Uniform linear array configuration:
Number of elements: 12
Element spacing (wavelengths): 0.5
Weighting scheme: hann
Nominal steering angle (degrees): -30
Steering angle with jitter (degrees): -28.479
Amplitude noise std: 0.05
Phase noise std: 0.05

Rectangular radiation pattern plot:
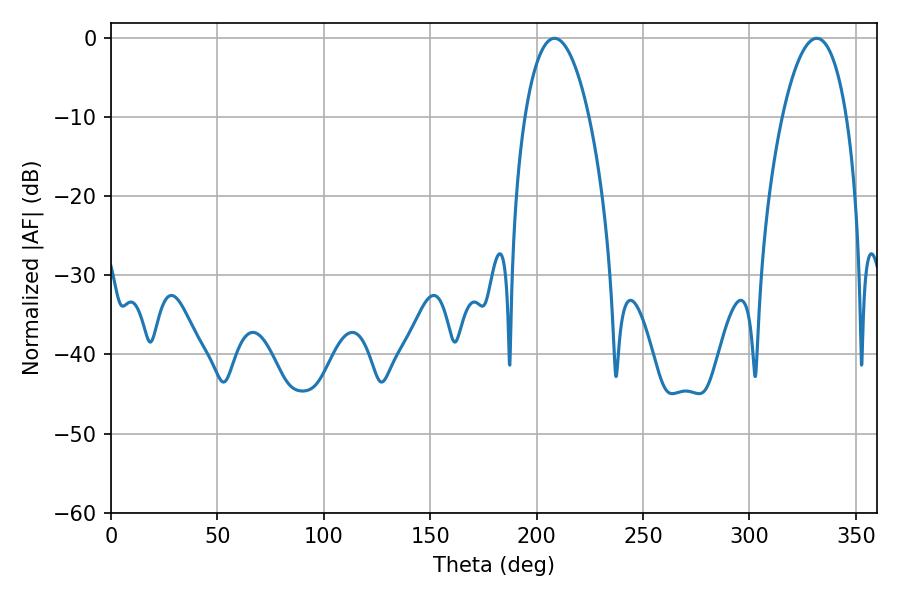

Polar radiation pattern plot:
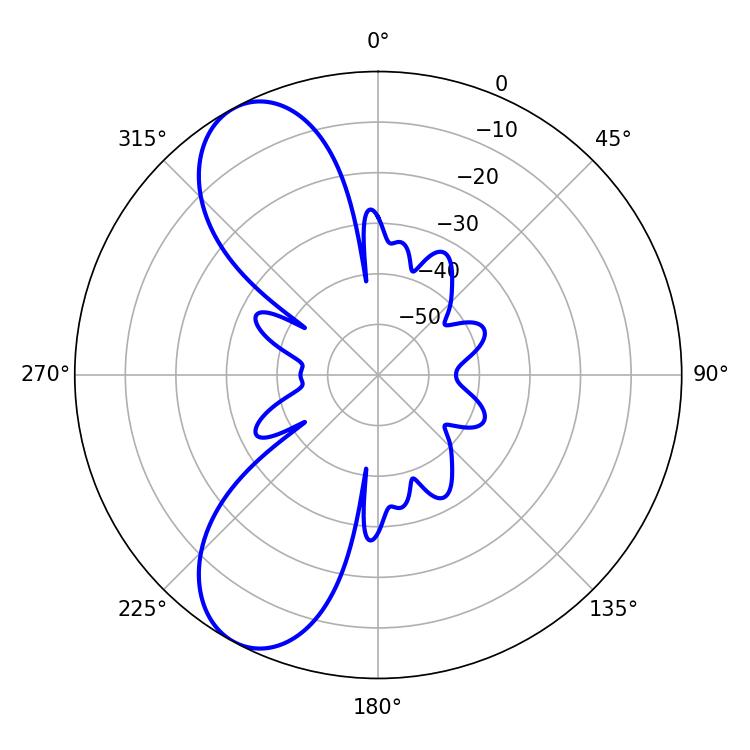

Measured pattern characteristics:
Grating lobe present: FALSE
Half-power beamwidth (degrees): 16.92
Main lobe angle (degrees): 208.44